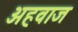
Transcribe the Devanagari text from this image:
अहवाज